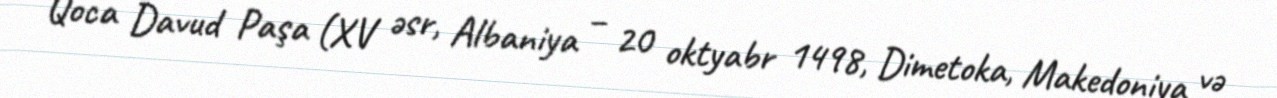
Qoca Davud Paşa (XV əsr, Albaniya – 20 oktyabr 1498, Dimetoka, Makedoniya və